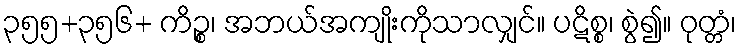
၃၅၅+၃၅၆+ ကိဉ္စ၊ အဘယ်အကျိုးကိုသာလျှင်။ ပဋိစ္စ၊ စွဲ၍။ ဝုတ္တံ၊